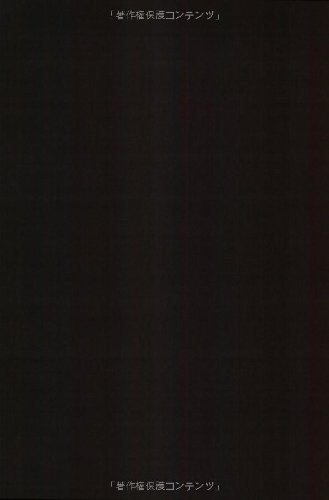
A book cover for The Art of Japanese Sword Polishing; Setsuo Takaiwa; Crafts, Hobbies & Home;